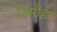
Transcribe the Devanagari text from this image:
डिसौर्डर